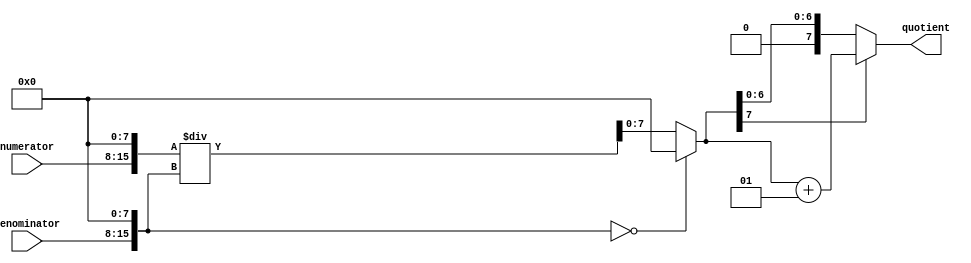
module FractionalDivider (
    input wire signed [7:0] numerator,
    input wire signed [7:0] denominator,
    output reg signed [7:0] quotient
);

// Declare internal variables
reg signed [15:0] numerator_fixed;
reg signed [15:0] denominator_fixed;
reg signed [15:0] quotient_fixed;

// Convert input fractional numbers to fixed-point format
assign numerator_fixed = numerator << 8;
assign denominator_fixed = denominator << 8;

// Perform division operation
always @* begin
    if (denominator_fixed == 0) begin
        quotient_fixed = 0; // Handle divide-by-zero condition
    end else begin
        quotient_fixed = numerator_fixed / denominator_fixed;
    end
end

// Round the final quotient to the desired precision
always @* begin
    if (quotient_fixed[7] == 1) begin
        quotient = quotient_fixed + 1;
    end else begin
        quotient = quotient_fixed;
    end
end

endmodule